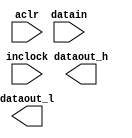
// megafunction wizard: %ALTDDIO_IN%VBB%
// GENERATION: STANDARD
// VERSION: WM1.0
// MODULE: ALTDDIO_IN 

// ============================================================
// Megafunction Name(s):
// 			ALTDDIO_IN
//
// Simulation Library Files(s):
// 			altera_mf
// ============================================================
// ************************************************************
// THIS IS A WIZARD-GENERATED FILE. DO NOT EDIT THIS FILE!
//
// 12.1 Build 177 11/07/2012 SJ Full Version
// ************************************************************

//Copyright (C) 1991-2012 Altera Corporation
//Your use of Altera Corporation's design tools, logic functions 
//and other software and tools, and its AMPP partner logic 
//functions, and any output files from any of the foregoing 
//(including device programming or simulation files), and any 
//associated documentation or information are expressly subject 
//to the terms and conditions of the Altera Program License 
//Subscription Agreement, Altera MegaCore Function License 
//Agreement, or other applicable license agreement, including, 
//without limitation, that your use is for the sole purpose of 
//programming logic devices manufactured by Altera and sold by 
//Altera or its authorized distributors.  Please refer to the 
//applicable agreement for further details.

module AD_DDIO (
	aclr,
	datain,
	inclock,
	dataout_h,
	dataout_l);

	input	  aclr;
	input	[6:0]  datain;
	input	  inclock;
	output	[6:0]  dataout_h;
	output	[6:0]  dataout_l;

endmodule

// ============================================================
// CNX file retrieval info
// ============================================================
// Retrieval info: LIBRARY: altera_mf altera_mf.altera_mf_components.all
// Retrieval info: PRIVATE: INTENDED_DEVICE_FAMILY STRING "Cyclone V"
// Retrieval info: CONSTANT: INTENDED_DEVICE_FAMILY STRING "Cyclone V"
// Retrieval info: CONSTANT: INVERT_INPUT_CLOCKS STRING "OFF"
// Retrieval info: CONSTANT: LPM_HINT STRING "UNUSED"
// Retrieval info: CONSTANT: LPM_TYPE STRING "altddio_in"
// Retrieval info: CONSTANT: POWER_UP_HIGH STRING "OFF"
// Retrieval info: CONSTANT: WIDTH NUMERIC "7"
// Retrieval info: USED_PORT: aclr 0 0 0 0 INPUT NODEFVAL "aclr"
// Retrieval info: CONNECT: @aclr 0 0 0 0 aclr 0 0 0 0
// Retrieval info: USED_PORT: datain 0 0 7 0 INPUT NODEFVAL "datain[6..0]"
// Retrieval info: CONNECT: @datain 0 0 7 0 datain 0 0 7 0
// Retrieval info: USED_PORT: dataout_h 0 0 7 0 OUTPUT NODEFVAL "dataout_h[6..0]"
// Retrieval info: CONNECT: dataout_h 0 0 7 0 @dataout_h 0 0 7 0
// Retrieval info: USED_PORT: dataout_l 0 0 7 0 OUTPUT NODEFVAL "dataout_l[6..0]"
// Retrieval info: CONNECT: dataout_l 0 0 7 0 @dataout_l 0 0 7 0
// Retrieval info: USED_PORT: inclock 0 0 0 0 INPUT_CLK_EXT NODEFVAL "inclock"
// Retrieval info: CONNECT: @inclock 0 0 0 0 inclock 0 0 0 0
// Retrieval info: GEN_FILE: TYPE_NORMAL AD_DDIO.v TRUE FALSE
// Retrieval info: GEN_FILE: TYPE_NORMAL AD_DDIO.qip TRUE FALSE
// Retrieval info: GEN_FILE: TYPE_NORMAL AD_DDIO.bsf TRUE TRUE
// Retrieval info: GEN_FILE: TYPE_NORMAL AD_DDIO_inst.v TRUE TRUE
// Retrieval info: GEN_FILE: TYPE_NORMAL AD_DDIO_bb.v TRUE TRUE
// Retrieval info: GEN_FILE: TYPE_NORMAL AD_DDIO.inc TRUE TRUE
// Retrieval info: GEN_FILE: TYPE_NORMAL AD_DDIO.cmp TRUE TRUE
// Retrieval info: GEN_FILE: TYPE_NORMAL AD_DDIO.ppf TRUE FALSE
// Retrieval info: LIB_FILE: altera_mf